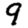
Digit: 9